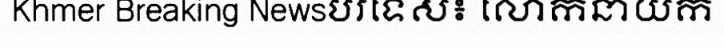
Khmer Breaking Newsបរទេស៖ លោកនាយក